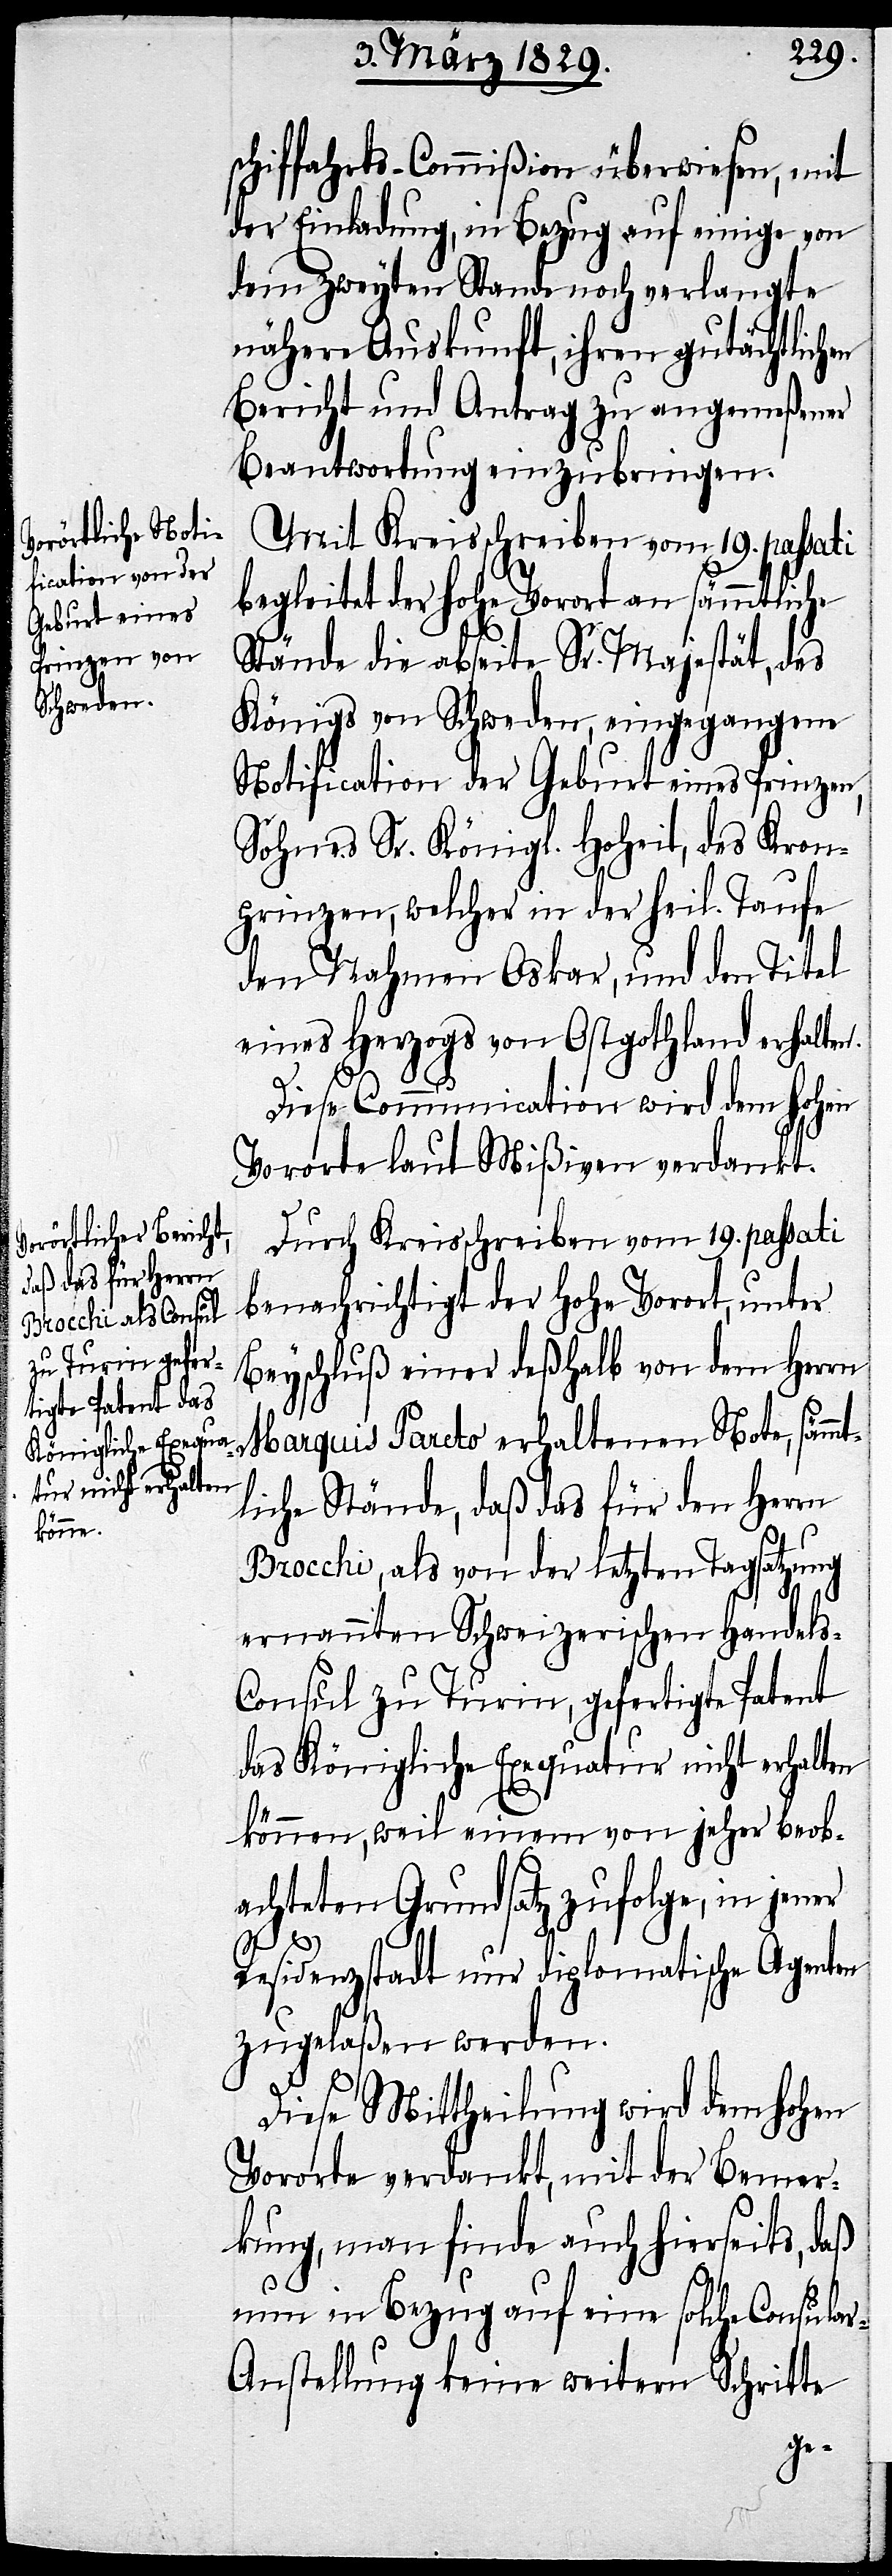
schiffahrts-Commißion überwiesen, mit
der Einladung, in Bezug auf einige, von
dem zweyten Stande noch verlangte
nähere Auskunft, ihren gutächtlichen
Bericht und Antrag zu angemeßener
Beantwortung einzubringen.
Mit Kreisschreiben vom 19. passati
begleitet der hohe Vorort an sämmtliche
Stände die abseite Sr. Majestät, des
Königs von Schweden, eingegangene
Notification der Geburt eines Prinzen,
Sohnes Sr. Königl. Hoheit, des Kron¬
prinzen, welcher in der heil. Taufe
den Nahmen Oskar, und den Titel
eines Herzogs von Ostgothland erhalten.
Diese Communication wird dem hohen
Vororte laut Mißiven verdankt.
Durch Kreisschreiben vom 19. passati
benachrichtigt der hohe Vorort, unter
Beyschluß einer deßhalb von dem Herrn
Marquis Pareto erhaltenen Note, sämm¬
tliche Stände, daß das für den Herrn
Brocchi, als von der letzten Tagsatzung
ernannten Schweizerischen Handels-C¬
onsul zu Turin, gefertigte Patent
das Königliche Exequatur nicht erhalten
können, weil einem von jeher beob¬
achteten Grundsatz zufolge, in jener
Residenzstadt nur diplomatische Agenten
zugelaßen werden.
Diese Mittheilung wird dem hohen
Vororte verdankt, mit der Bemer¬
kung, man finde auch hierseits, daß
nun in Bezug auf eine solche Consula¬
r-Anstellung keine weitern Schritte